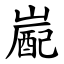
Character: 嶏